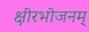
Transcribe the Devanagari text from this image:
क्षीरभोजनम्